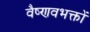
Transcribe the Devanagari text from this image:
वैष्णवभक्तों